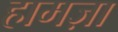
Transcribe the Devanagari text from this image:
हामज़ा